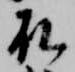
殿